Statistical return of the lunatic asylum in Assam - 1912-1932
Year: 1912
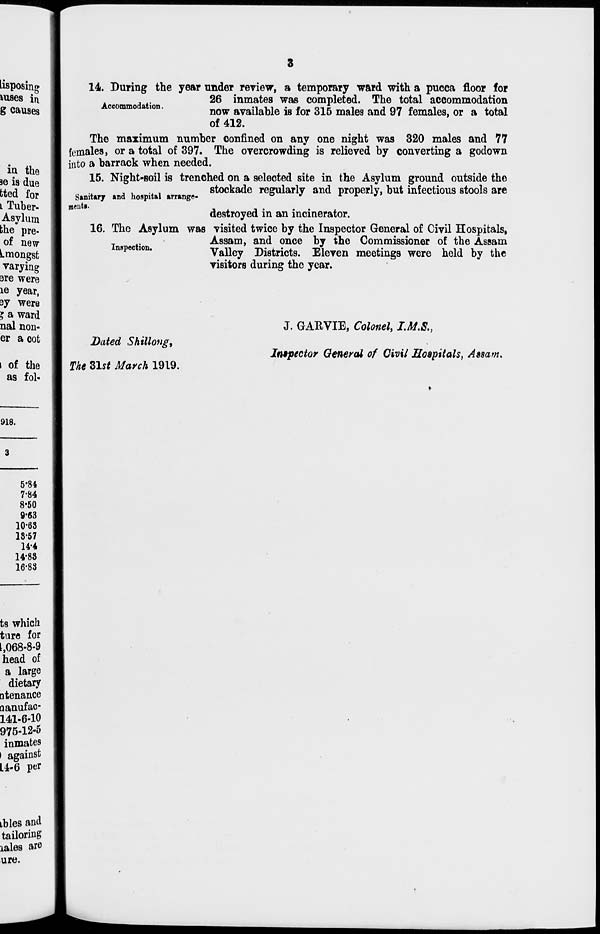
14t, During the year under review, a temporary ward with a pucca floor for
26 inmates was completed. The total accommodation
Accommo a ion.
nQW ^ygjjj^y^ j B f or 3^5 ma i eg an d 97 females, or a total
of 412.
The maximum number confined on any one night was 320 males and 77
females, or a total of 397. The overcrowding is relieved by converting a godown
into a barrack when needed.
15. Night-soil is trenched on a selected site in the Asylum ground outside the
stockade regularly and properly, but infectious stools are
Sanitary and hospital arrange-
°
"
* K
*
iwntlf
,
,
1 .
.
.
destroyed in an incinerator.
16. The Asylum was visited twice by the Inspector General of Civil Hospitals,
Assam, and once by the Commissioner of the Assam
inaction.
Vftlley Districts. Eleven meetings were held by the
visitors during the year.
Dated Shillong,
The 31s* March 1919.
J. GARVIE, Colonel, I.M.8.,
Inspector General of Civil Hospitals, Assam,